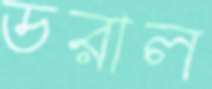
ডরাল